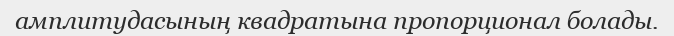
амплитудасының квадратына пропорционал болады.